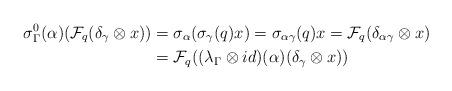
LaTeX: \begin{align*} \sigma^0_\Gamma(\alpha)(\mathcal{F}_q(\delta_\gamma\otimes x))& = \sigma_{\alpha}(\sigma_\gamma(q)x)=\sigma_{\alpha\gamma}(q)x = \mathcal{F}_q (\delta_{\alpha\gamma}\otimes x)\\&=\mathcal{F}_q ((\lambda_\Gamma \otimes id)(\alpha) (\delta_\gamma\otimes x))\end{align*}